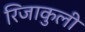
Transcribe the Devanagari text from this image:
रिजाकुली